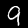
Digit: 9